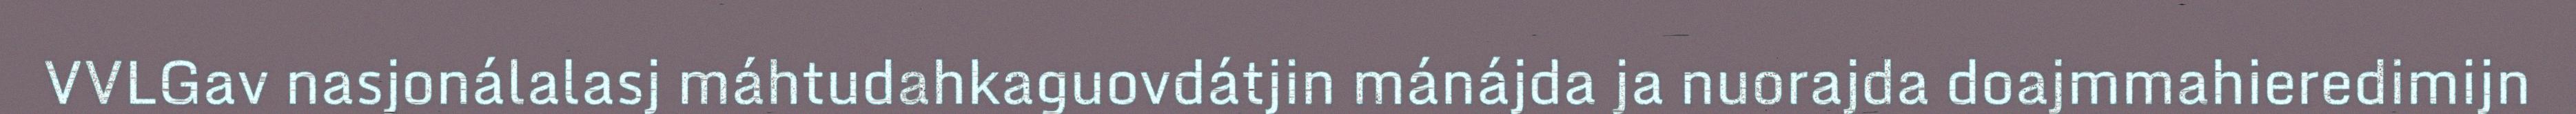
VVLGav nasjonálalasj máhtudahkaguovdátjin mánájda ja nuorajda doajmmahieredimijn